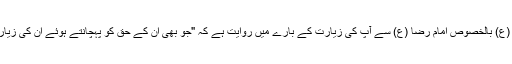
رسولخدا (ص) اور دیگر معصومین (ع) بالخصوص امام رضا (ع) سے آپ کی زیارت کے بارے میں روایت ہے کہ "جو بھی ان کے حق کو پہچانتے ہوئے ان کی زیارت کرے گا اس پر جنت واجب ہے۔